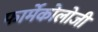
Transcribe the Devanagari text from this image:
फार्मेकोलोजी